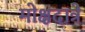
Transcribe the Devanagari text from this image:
मोक्षदात्रे